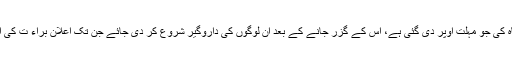
مطلب یہ ہے کہ چارماہ کی جو مہلت اوپر دی گئی ہے، اُس کے گزر جانے کے بعد اُن لوگوں کی داروگیر شروع کر دی جائے جن تک اعلان براء ت کی اطلاع پہنچانا ممکن ہو۔